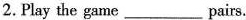
2. Play the game__ pairs.